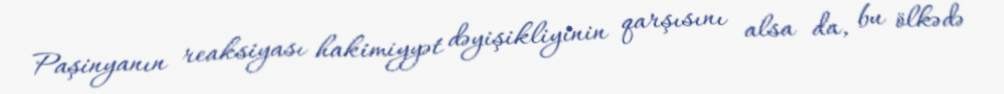
Paşinyanın reaksiyası hakimiyyət dəyişikliyinin qarşısını alsa da, bu ölkədə